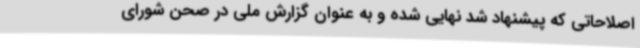
اصلاحاتی که پیشنهاد شد نهایی شده و به عنوان گزارش ملی در صحن شورای